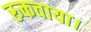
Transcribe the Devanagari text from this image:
रुकवाया।